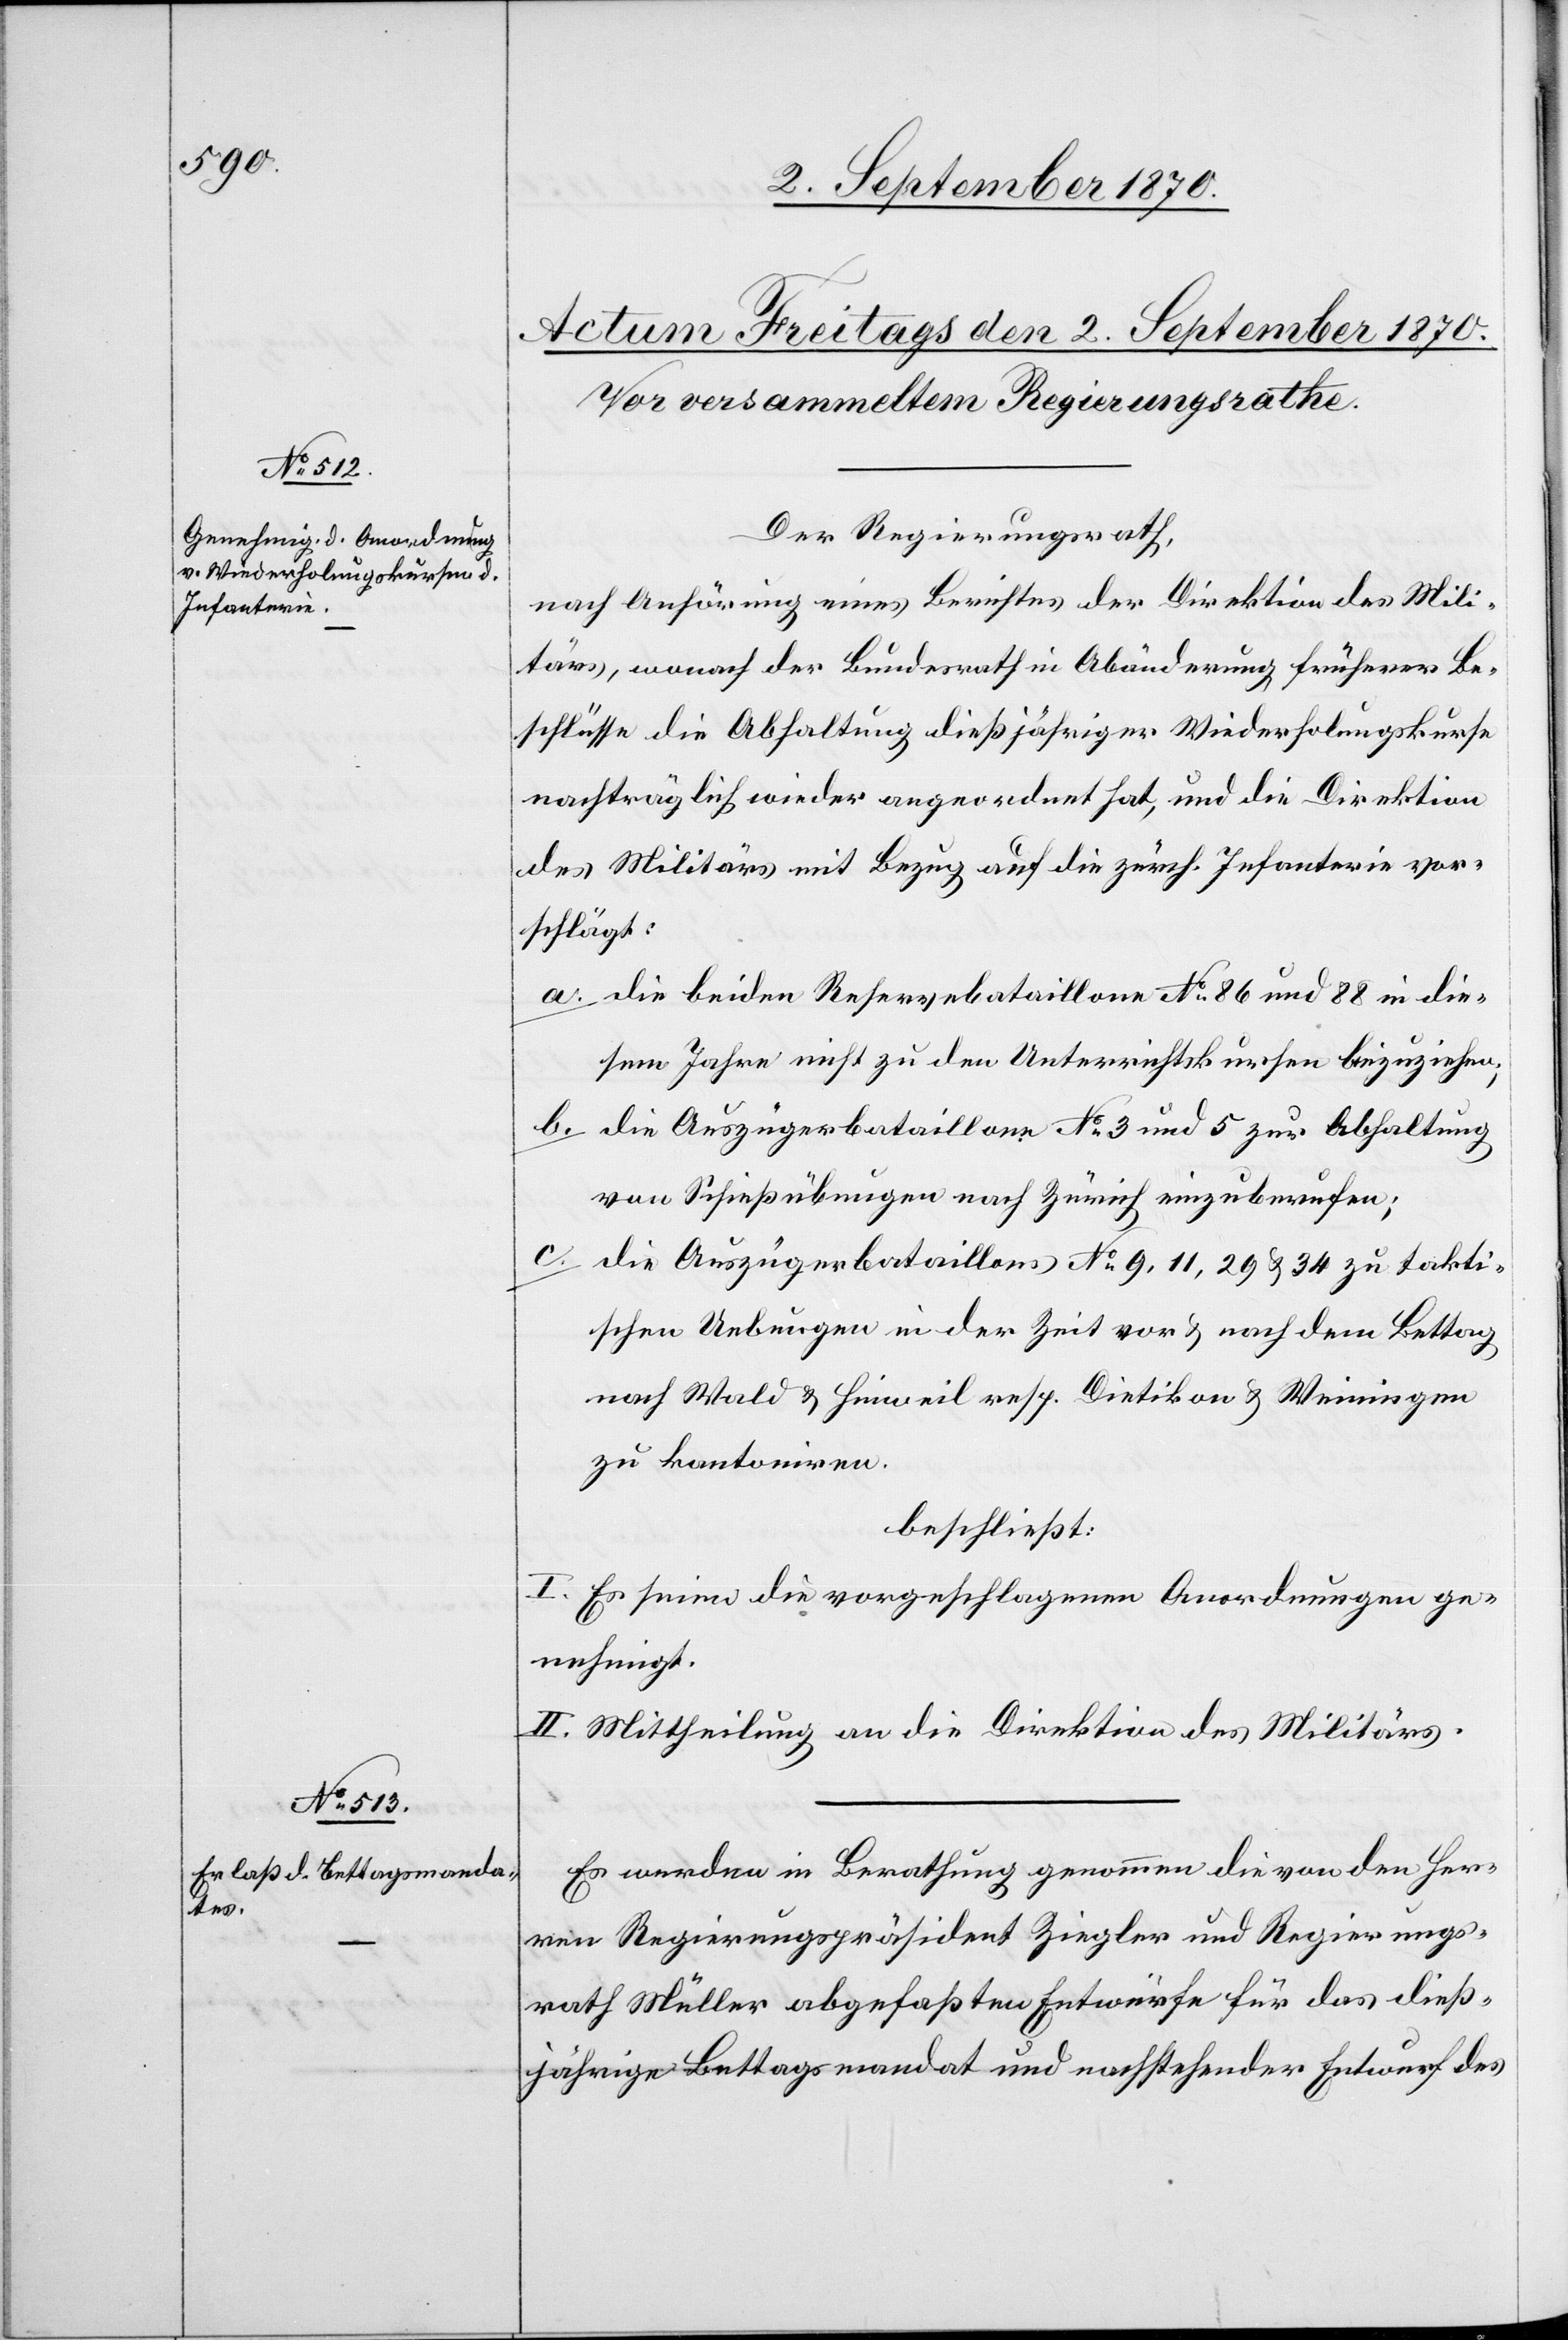
Der Regierungsrath,
nach Anhörung eines Berichtes der Direktion des Mili¬
tärs, wodurch der Bundesrath in Abänderung früherer Be¬
schlüsse die Abhaltung dießjähriger Wiederholungskurse
nachträglich wieder angeordnet hat, und die Direktion
des Militärs mit Bezug auf die zürch. Infanterie vor¬
schlägt:
a. die beiden Reservebataillone No 86 und 88 in die¬
sem Jahre nicht zu den Unterrichtskursen beizuziehen;
b. die Auszügerbataillone No 3 und 5 zur Abhaltung
von Schießübungen nach Zürich einzuberufen;
c. die Auszügerbataillone No 9, 11, 29 & 34 zu takti¬
schen Uebungen in der Zeit vor & nach dem Bettag
nach Wald & Hinweil resp. Dietikon & Weiningen
zu kantoniren.
beschließt:
I. Es seien die vorgeschlagenen Anordnungen ge¬
nehmigt.
II. Mittheilung an die Direktion des Militärs.
Es werden in Berathung genommen die von den Her¬
ren Regierungspräsident Ziegler und Regierungs¬
rath Müller abgefaßten Entwürfe für das dieß¬
jährige Bettagsmandat und nachstehender Entwurf des